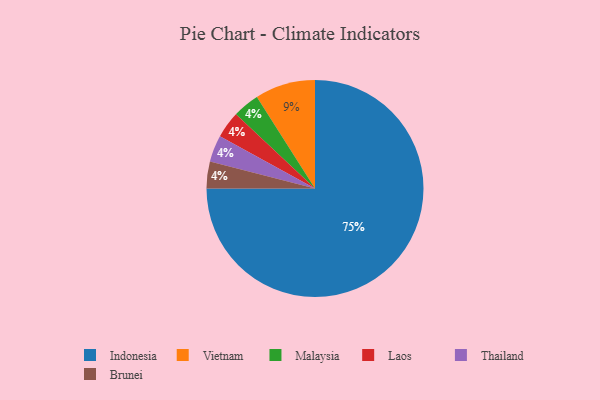
{"axis": {"x": "Category", "y": "Percentage"}, "legend": ["Brunei", "Indonesia", "Laos", "Malaysia", "Thailand", "Vietnam"], "data": [{"x": "Malaysia", "y": 4, "type": "Malaysia"}, {"x": "Indonesia", "y": 75, "type": "Indonesia"}, {"x": "Laos", "y": 4, "type": "Laos"}, {"x": "Thailand", "y": 4, "type": "Thailand"}, {"x": "Vietnam", "y": 9, "type": "Vietnam"}, {"x": "Brunei", "y": 4, "type": "Brunei"}]}